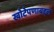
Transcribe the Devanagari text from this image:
खोटेपणाबद्दल